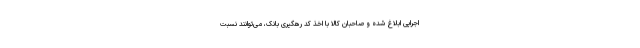
اجرایی ابلاغ شده و صاحبان کالا با اخذ کد رهگیری بانک، می‌توانند نسبت